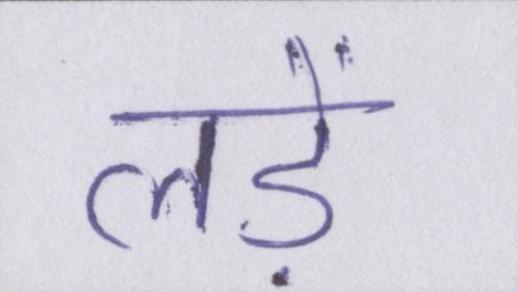
लड़ें